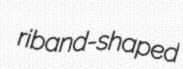
riband-shaped